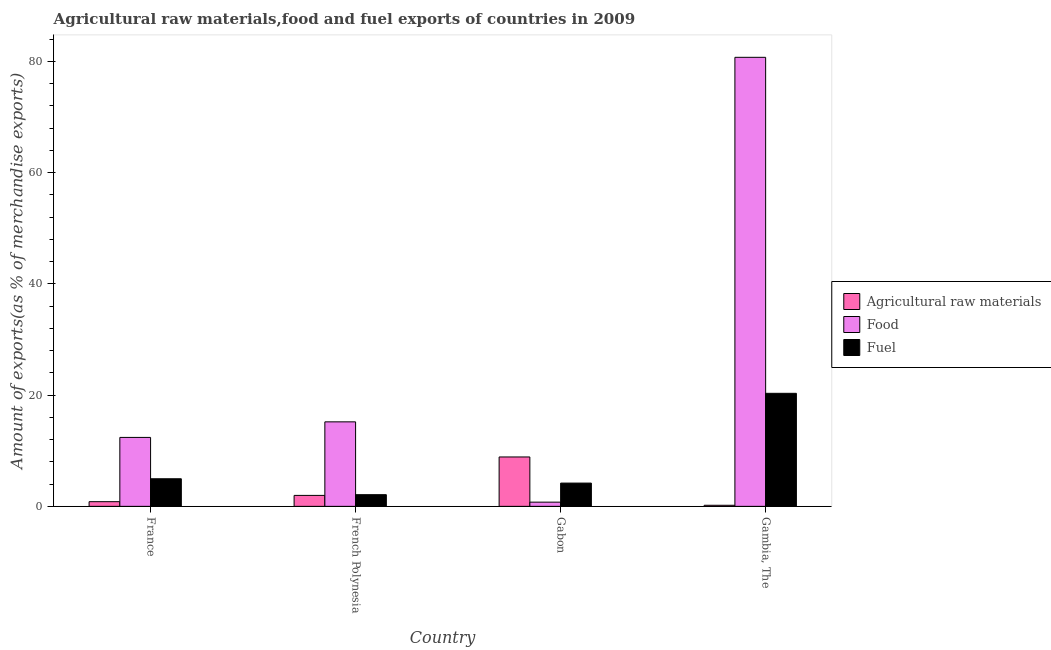
| Country | Agricultural raw materials | Food | Fuel |
 | --- | --- | --- | --- |
 | France | 0.84 | 12.4 | 4.96 |
 | French Polynesia | 1.97 | 15.2 | 2.1 |
 | Gabon | 8.88 | 0.756 | 4.18 |
 | Gambia, The | 0.193 | 80.7 | 20.3 |